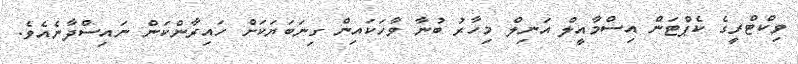
ވިކްޓްރީގެ ކެޕްޓަން އިސްމާއީލް އަނިލް މިހާރު ބުނާ ވާހަކައިން ގިނަބަޔަކަށް ހައިރާންކަން ނައިސްދާނެއެވެ.